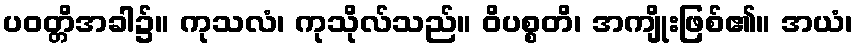
ပဝတ္တိအခါ၌။ ကုသလံ၊ ကုသိုလ်သည်။ ဝိပစ္စတိ၊ အကျိုးဖြစ်၏။ အယံ၊